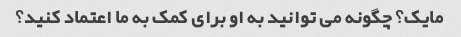
مایک؟ چگونه می توانید به او برای کمک به ما اعتماد کنید؟